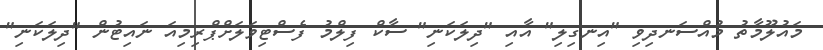
މައުލޫމާތު މުއްސަނދިވި "އިނގިލި" އާއި "ދިލަކަނި" ސާކް ފިލްމު ފެސްޓިވަލަށްޕްރިމިއަ ނައިޓުން "ދިލަކަނި"